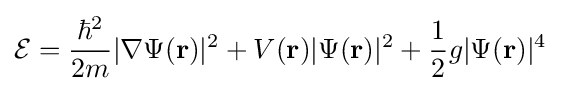
{\mathcal {E}}={\frac {\hbar ^{2}}{2m}}|\nabla \Psi (\mathbf {r} )|^{2}+V(\mathbf {r} )|\Psi (\mathbf {r} )|^{2}+{\frac {1}{2}}g|\Psi (\mathbf {r} )|^{4}